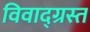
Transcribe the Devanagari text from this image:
विवाद्ग्रस्त